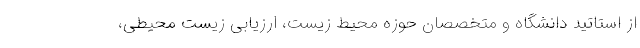
از استاتید دانشگاه و متخصصان حوزه محیط زیست، ارزیابی زیست محیطی،